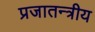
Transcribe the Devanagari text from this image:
प्रजातन्त्रीय